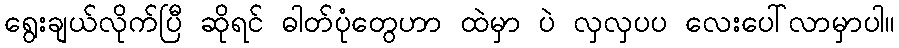
ရွေးချယ်လိုက်ပြီ ဆိုရင် ဓါတ်ပုံတွေဟာ ထဲမှာ ပဲ လှလှပပ လေးပေါ်လာမှာပါ။